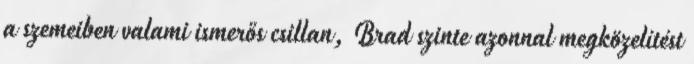
a szemeiben valami ismerős csillan, Brad szinte azonnal megközelítést